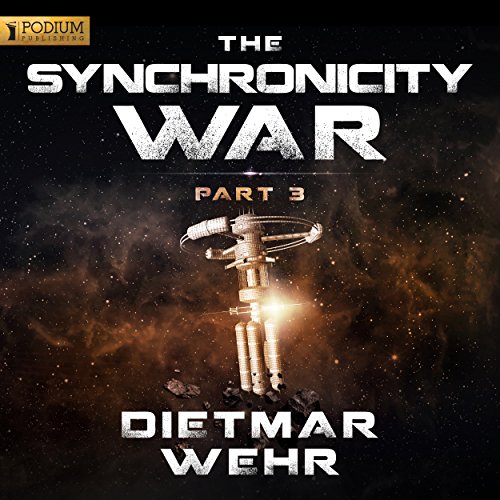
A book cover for The Synchronicity War, Part 3; Dietmar Wehr; Mystery, Thriller & Suspense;